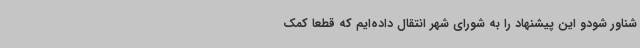
شناور شودو این پیشنهاد را به شورای شهر انتقال داده‌ایم که قطعا کمک